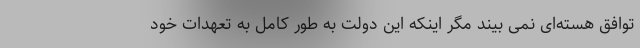
توافق هسته‌ای نمی بیند مگر اینکه این دولت به طور کامل به تعهدات خود